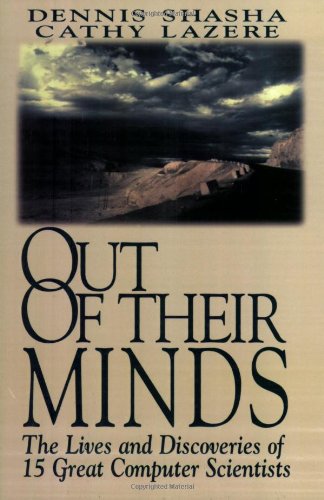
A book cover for Out of their Minds: The Lives and Discoveries of 15 Great Computer Scientists; Dennis Shasha; Computers & Technology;